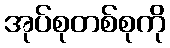
အုပ်စုတစ်စုကို